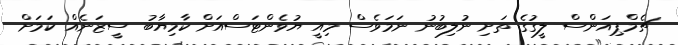
ޗެމްޕިއަންސް ލީގުގެ ތަށި ނުލިބުނު ނަމަވެސް މިއީ ޔުވެންޓަސްއަށް ކާމިޔާބު ސީޒަނެއް ކަމަށް